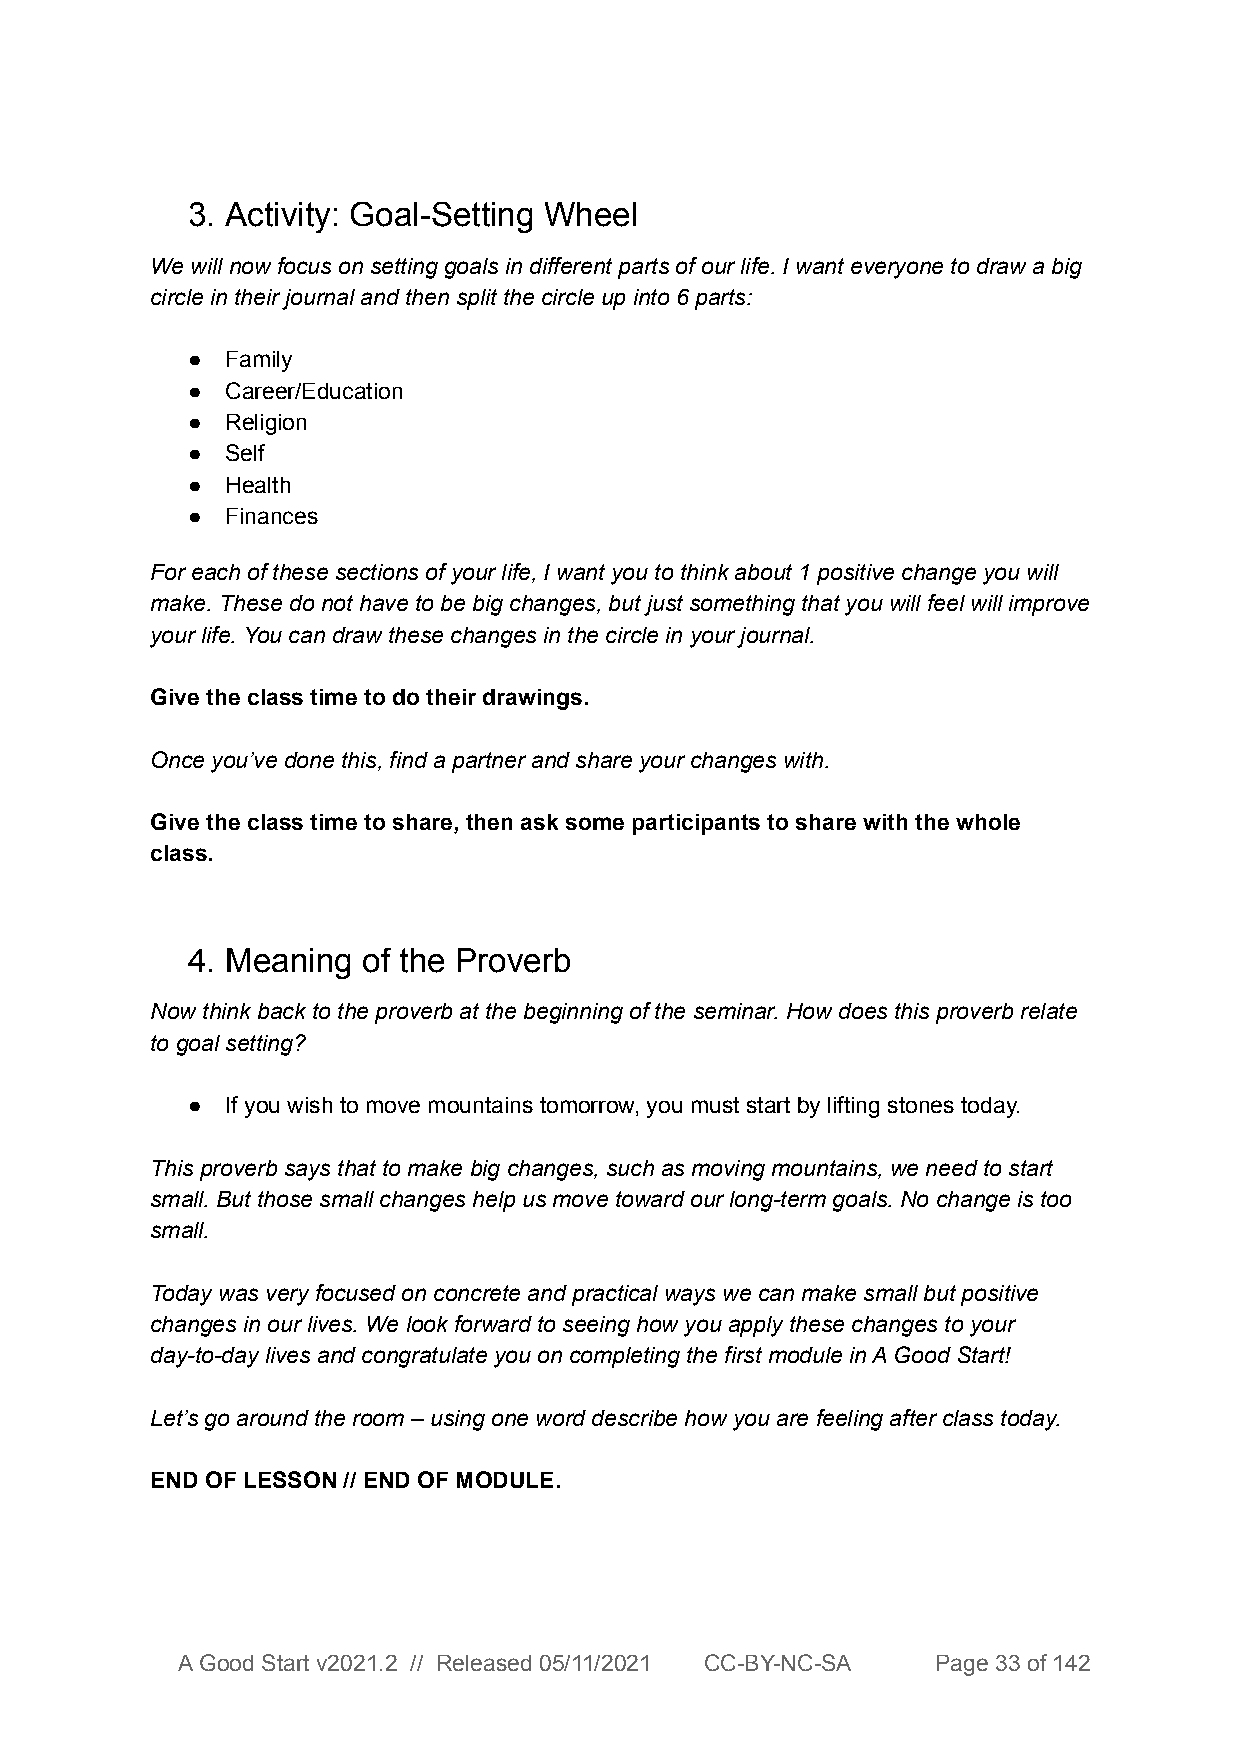
3. Activity: Goal-Setting Wheel
 We will now focus on setting goals in different parts of our life. I want everyone to draw a big
 circle in their journal and then split the circle up into 6 parts:
 ●  Family
 ●  Career/Education
 ●  Religion
 ●  Self
 ●  Health
 ●  Finances
 For each of these sections of your life, I want you to think about 1 positive change you will
 make. These do not have to be big changes, but just something that you will feel will improve
 your life. You can draw these changes in the circle in your journal.
 Give the class time to do their drawings.
 Once you’ve done this, find a partner and share your changes with.
 Give the class time to share, then ask some participants to share with the whole
 class.
 4. Meaning  of the Proverb
 Now think back to the proverb at the beginning of the seminar. How does this proverb relate
 to goal setting?
 ●  If you wish to move mountains tomorrow, you must start by lifting stones today.
 This proverb says that to make big changes, such as moving mountains, we need to start
 small. But those small changes help us move toward our long-term goals. No change is too
 small.
 Today was very focused on concrete and practical ways we can make small but positive
 changes in our lives. We look forward to seeing how you apply these changes to your
 day-to-day lives and congratulate you on completing the first module in A Good Start!
 Let’s go around the room – using one word describe how you are feeling after class today.
 END OF LESSON // END OF MODULE.
 A Good Start v2021.2 // Released 05/11/2021 CC-BY-NC-SA Page 33 of 142